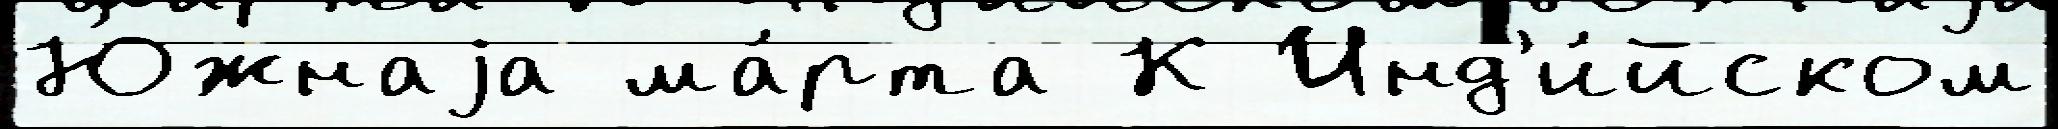
Ю́жнаjа ма́рта К Инд'и́йском